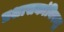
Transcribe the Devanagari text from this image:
प्रशासकांविरुद्ध